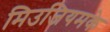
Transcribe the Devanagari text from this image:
मिउजियमके